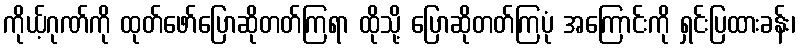
ကိုယ့်ဂုဏ်ကို ထုတ်ဖော်ပြောဆိုတတ်ကြရာ ထိုသို့ ပြောဆိုတတ်ကြပုံ အကြောင်းကို ရှင်းပြထားခန်း၊